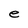
Character: e